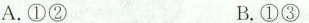
A.①② B.①③